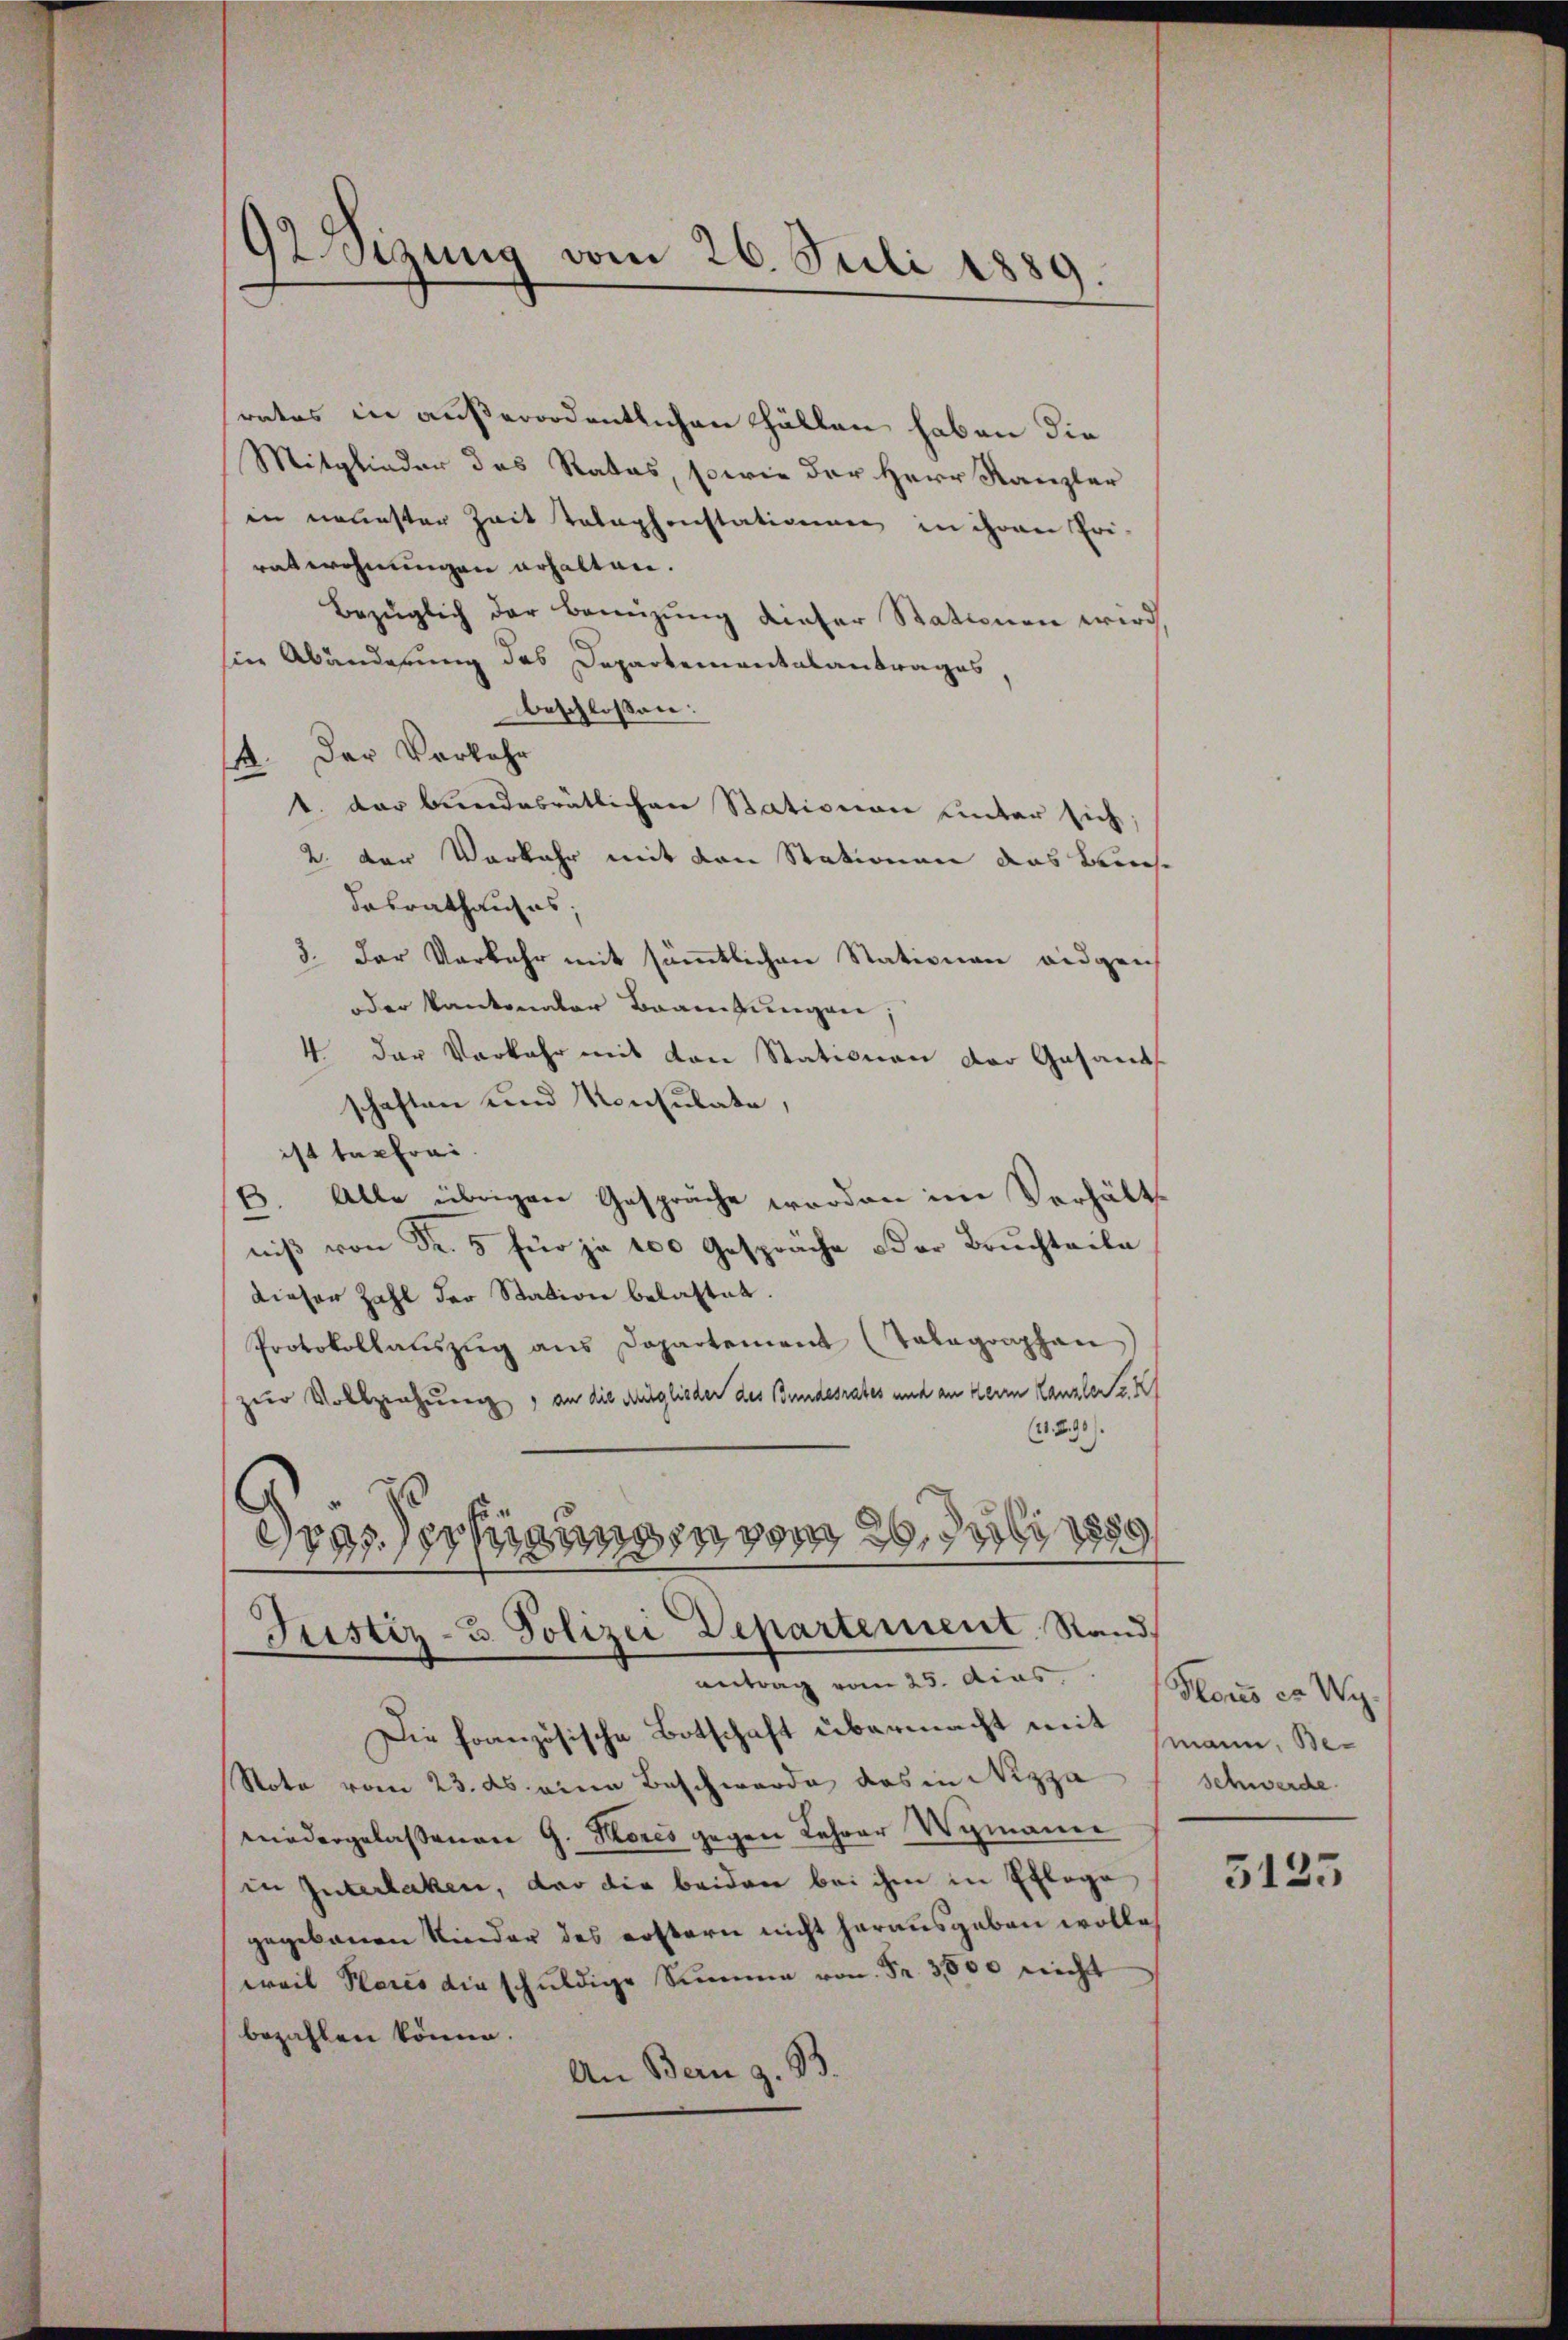
92 Sizung vom 26. Juli 1889.

rates in außerordentlichen Thällen haben die
Mitglieder des Rates, sowie der Herr Kanzler
in neuester Zeit Telephonstationen in ihren Pri-
ratwohnungen erhalten.
Bezüglich der Benüzung dieser Stationen wird
in Abänderung des Departementalantrages,
beschlossen:
4. Der Vorkehr
1. der bundesrätlichen Stationen unter sich:
2. Der Vorkehr mit den Stationen das Bruch
dabrathauses.
3. Der Verkehr mit sämmtlichen Stationen eidgen
oder kantonaler Branzungen;
4 der Vorkehr mit von Stationen der Gesand
schaften und Konsulate,
ist tarfrei.
6. Alle übrigen Gespräche worden im Verhält
niβ von Fr. 5 für je 100 Gespräche oder Bruchteile
dieser Zahl der Station belastet
Protokollanzŭg ans Departement (Talagraphen
zur Vollzeichnung, an die Ausglieder des Bundesrates und an deren Canzler z
(1890.
dessessigungen,
Justiz- & Polizei Departement, Stand,
antrag vom 25. dias.
Die französische Botschaft übermacht mit
Note vom 23. ds. eine Beschwerde das in Nizza
nniedergelassenen G. Kores gegen Lehrer Wymanne
in Interlaken, der die beiden bei ihm in Pflege
gegebenen Kinder des erstern nicht herausgeben wolle,
weil Places die schuldige Summen von Fr. 3800 nicht
bezahlen könne.
An Bern z. 93.

Plous er Wy
mann, Be¬
Schwerde.

5125